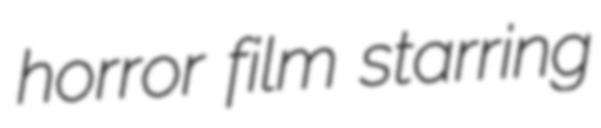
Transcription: horror film starring